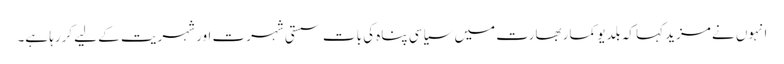
انہوں نے مزید کہا کہ بلدیو کمار بھارت میں سیاسی پناہ کی بات سستی شہرت اور شہریت کے لیے کررہا ہے۔